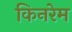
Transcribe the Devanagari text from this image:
किनरेम